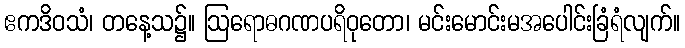
ဧကဒိဝသံ၊ တနေ့သ၌။ ဩရောဓဂဏပရိဝုတော၊ မင်းမောင်းမအပေါင်းခြံရံလျက်။